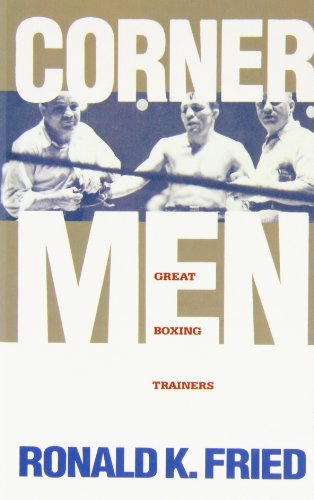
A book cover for Corner Men: The Great Boxing Trainers; Ronald K. Fried; Biographies & Memoirs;